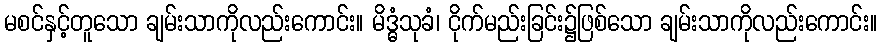
မစင်နှင့်တူသော ချမ်းသာကိုလည်းကောင်း။ မိဒ္ဓံသုခံ၊ ငိုက်မည်းခြင်း၌ဖြစ်သော ချမ်းသာကိုလည်းကောင်း။